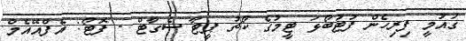
ގައުމީ ފިރިހެން ފުޓުބޯޅަ ޓީމުގެ ކޯޗު ޕީޓާ ސެގާޓް - ފޮޓޯ: އެފްއޭއެމް